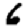
Digit: 6